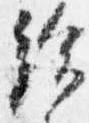
給